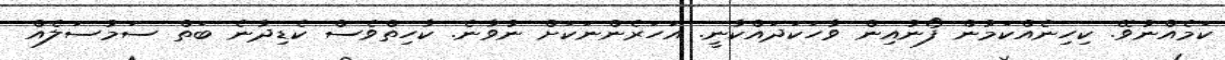
ކަމެއްނުވޭ. ކިހިނެއްކަމުން ފޯނުއިން ވާހަކަދައްކާނީ. އަހަރެންނަކަށް ނުވާނެ. ކާހިތްވެސް ކެޑިދާނެ ބަތް ސަމުސަލެއް